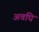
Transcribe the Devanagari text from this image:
अवधि